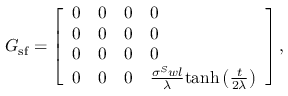
G _ { \mathrm { s f } } = \left[ \begin{array} { l l l l } { 0 } & { 0 } & { 0 } & { 0 } \\ { 0 } & { 0 } & { 0 } & { 0 } \\ { 0 } & { 0 } & { 0 } & { 0 } \\ { 0 } & { 0 } & { 0 } & { \frac { \sigma ^ { S } w l } { \lambda } \mathrm { t a n h } \left( \frac { t } { 2 \lambda } \right) } \end{array} \right] ,